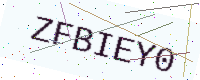
Text: ZFBIEY0